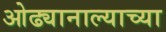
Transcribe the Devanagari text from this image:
ओढ्यानाल्याच्या